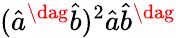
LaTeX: (\hat{a}^{\dag}\hat{b})^{2}\hat{a}\hat{b}^{\dag}